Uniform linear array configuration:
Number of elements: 24
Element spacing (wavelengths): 1
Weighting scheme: cosine
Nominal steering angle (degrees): -30
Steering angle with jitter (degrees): -31.959
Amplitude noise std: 0.05
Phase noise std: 0.05

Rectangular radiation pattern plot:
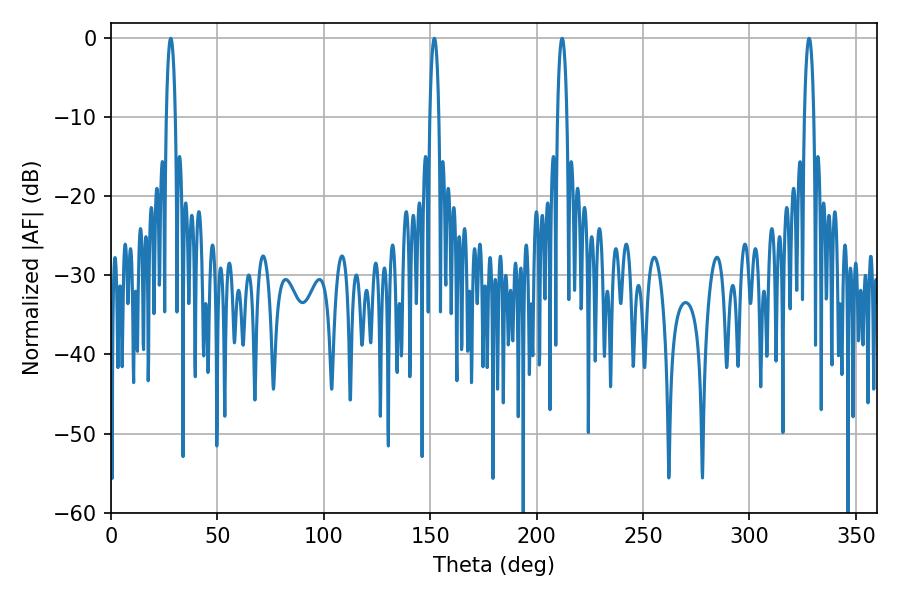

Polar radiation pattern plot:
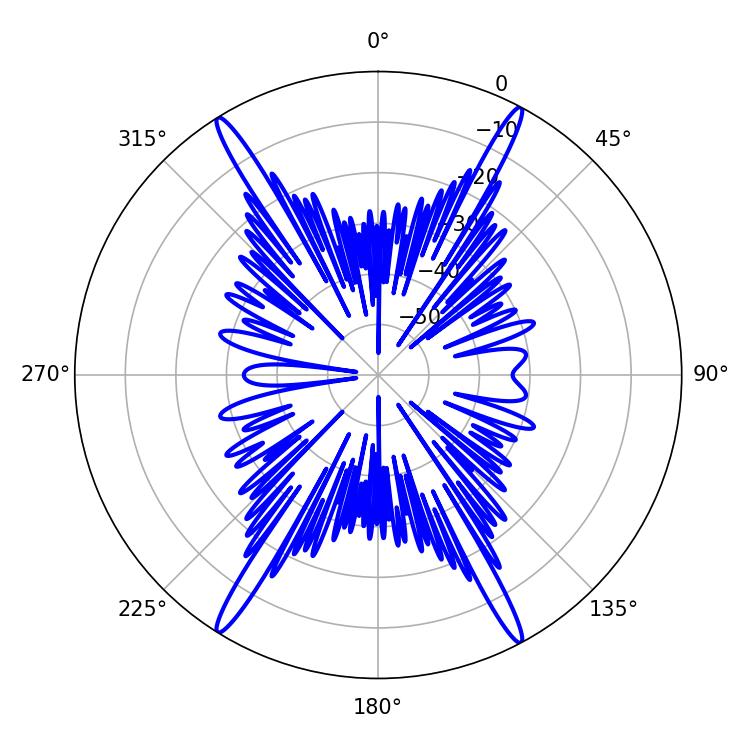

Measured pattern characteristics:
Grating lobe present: TRUE
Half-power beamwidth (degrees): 2.34
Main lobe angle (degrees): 151.92